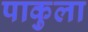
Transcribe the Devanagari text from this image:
पाकुला